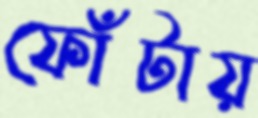
ফোঁটায়